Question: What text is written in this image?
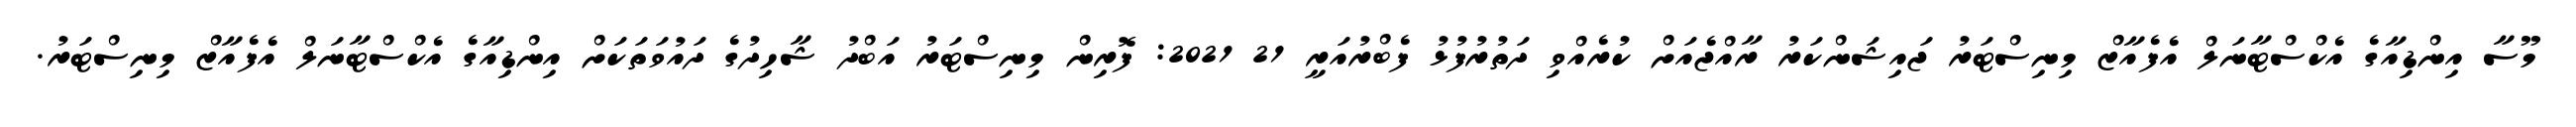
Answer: މޫސާ އިންޑިއާގެ އެކްސްޓާނަލް އެފެއާޒް މިނިސްޓަރު ޖައިޝަންކަރު ރާއްޖެއަށް ކުރެއްވި ދަތުރުފުޅު ފެބްރުއަރީ 21 2021: ފޮރިން މިނިސްޓަރު އަބްދު ޝާހިދުގެ ދައުވަތަކަށް އިންޑިއާގެ އެކްސްޓާނަލް އެފެއާޒް މިނިސްޓަރު.